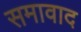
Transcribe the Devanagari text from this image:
समावाद